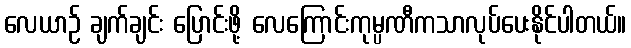
လေယာဉ် ချက်ချင်း ပြောင်းဖို့ လေကြောင်းကုမ္ပဏီကသာလုပ်ပေးနိုင်ပါတယ်။